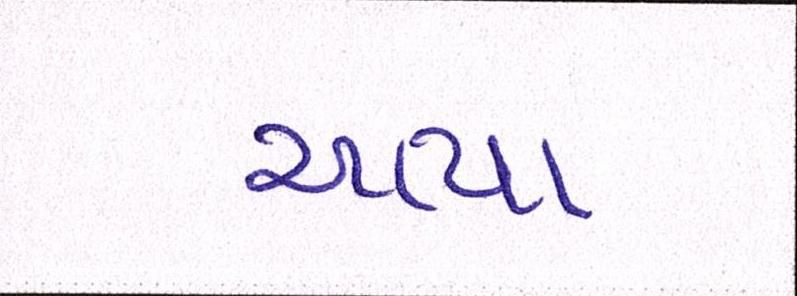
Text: આયા